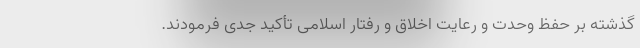
گذشته بر حفظ وحدت و رعایت اخلاق و رفتار اسلامی تأکید جدی فرمودند.